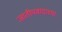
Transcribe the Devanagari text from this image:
जातीयवादाच्या